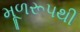
મૂળરૂપથી